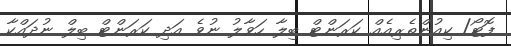
ފޮޓޯ/ ކިއުންތެރިއެއް ކަރަންޓް ބިލާ ހަވާލު ނުވެ އަދި ކަރަންޓް ބިލް ނުދައްކާ